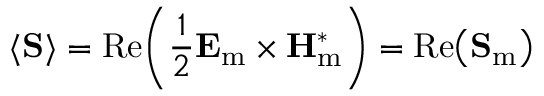
\langle \mathbf { S } \rangle = \operatorname { R e } \! \left( { \frac { 1 } { 2 } } { \mathbf { E } _ { \mathrm { m } } } \times \mathbf { H } _ { \mathrm { m } } ^ { * } \right) = \operatorname { R e } \! \left( \mathbf { S } _ { \mathrm { m } } \right)